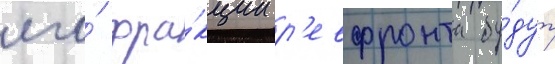
его́ фра́кции р'евфронта бу́дут